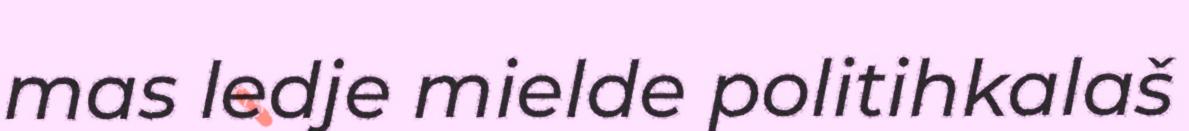
mas ledje mielde politihkalaš